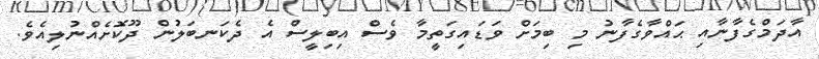
އާދަމްގެފާނާއި ޙައްވާގެފާނު މި ބިމަށް ވަޑައިގަތީމާ ވެސް އިބިލީސް އެ ދެކަނބަލުން ދޫކޮށެއްނުލިއެވެ.